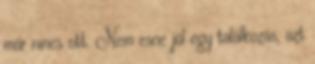
már nincs ott. Nem esne jól egy találkozás, azt